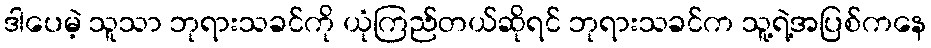
ဒါပေမဲ့ သူသာ ဘုရားသခင်ကို ယုံကြည်တယ်ဆိုရင် ဘုရားသခင်က သူ့ရဲ့အပြစ်ကနေ